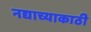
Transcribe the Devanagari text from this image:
नद्याच्याकाठी